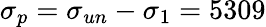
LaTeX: \sigma_{p}=\sigma_{un}-\sigma_{1}=5309